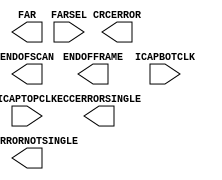
///////////////////////////////////////////////////////////////////////////////
//  Copyright (c) 1995/2014 Xilinx, Inc.
//  All Right Reserved.
///////////////////////////////////////////////////////////////////////////////
//   ____  ____
//  /   /\/   /
// /___/  \  /     Vendor      : Xilinx
// \   \   \/      Version     : 2014.2
//  \   \          Description : Xilinx Unified Simulation Library Component
//  /   /                        _no_description_
// /___/   /\      Filename    : FRAME_ECCE4.v
// \   \  /  \
//  \___\/\___\
//
///////////////////////////////////////////////////////////////////////////////
//  Revision:
//
//  End Revision:
///////////////////////////////////////////////////////////////////////////////

`timescale 1 ps / 1 ps

`celldefine

module FRAME_ECCE4
`ifdef XIL_TIMING
#(
  parameter LOC = "UNPLACED"
)
`endif
(
  output CRCERROR,
  output ECCERRORNOTSINGLE,
  output ECCERRORSINGLE,
  output ENDOFFRAME,
  output ENDOFSCAN,
  output [26:0] FAR,

  input [1:0] FARSEL,
  input ICAPBOTCLK,
  input ICAPTOPCLK
);
  
endmodule

`endcelldefine